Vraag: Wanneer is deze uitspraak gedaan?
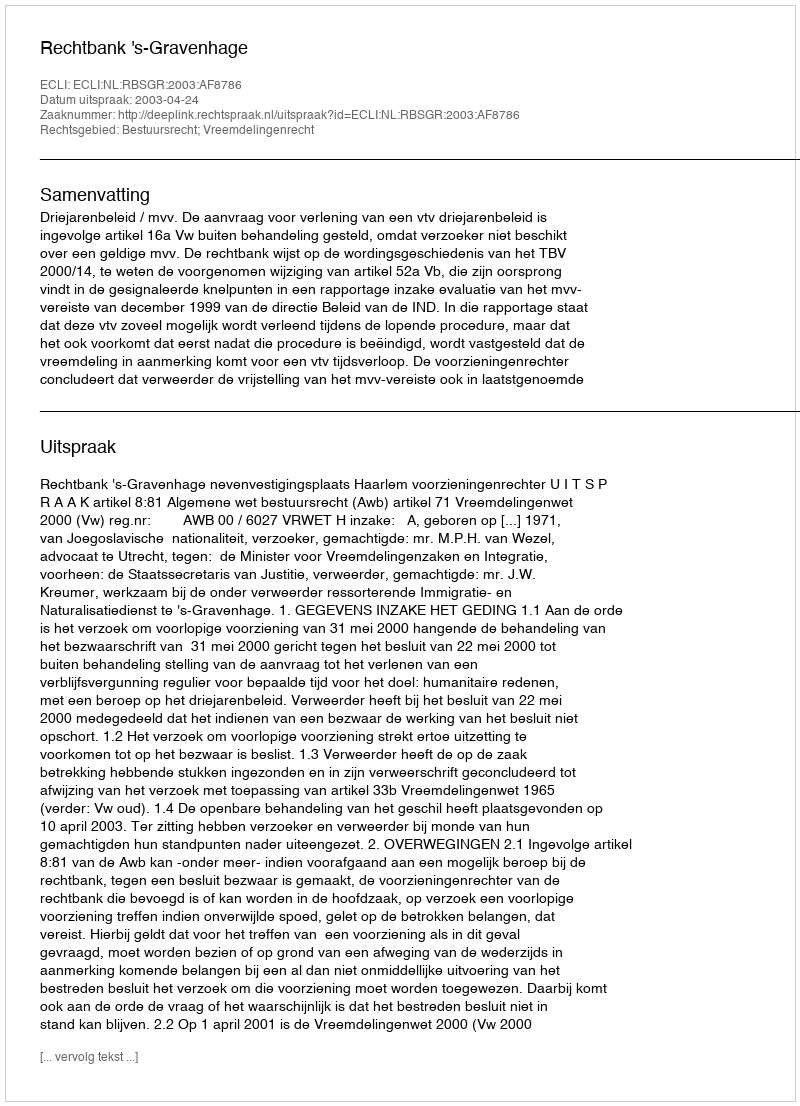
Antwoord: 2003-04-24